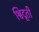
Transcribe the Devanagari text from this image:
श्विदूती